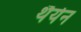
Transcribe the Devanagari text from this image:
थैर्यन